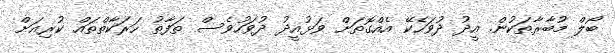
ބޯލް މުބާރާތަކުން. އީދު ދުވަހެކޭ އެއްގޮތަށް ވަޅުއީދު ދުވަހުވެސް ތަފާތު ހަރަކާތްތައް ކުރިއަށް